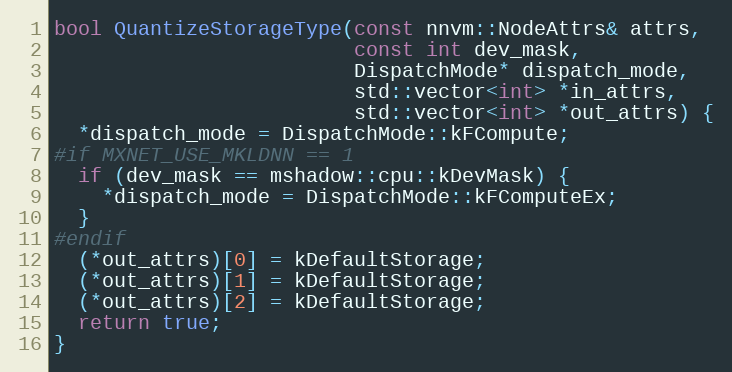
Language: C++
bool QuantizeStorageType(const nnvm::NodeAttrs& attrs,
                         const int dev_mask,
                         DispatchMode* dispatch_mode,
                         std::vector<int> *in_attrs,
                         std::vector<int> *out_attrs) {
  *dispatch_mode = DispatchMode::kFCompute;
#if MXNET_USE_MKLDNN == 1
  if (dev_mask == mshadow::cpu::kDevMask) {
    *dispatch_mode = DispatchMode::kFComputeEx;
  }
#endif
  (*out_attrs)[0] = kDefaultStorage;
  (*out_attrs)[1] = kDefaultStorage;
  (*out_attrs)[2] = kDefaultStorage;
  return true;
}